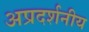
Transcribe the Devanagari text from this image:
अप्रदर्शनीय